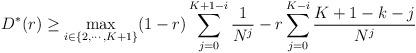
LaTeX: \begin{align*}D^*(r) \geq \max_{i \in \{2, \cdots, K+1\}} (1-r) \sum_{j=0}^{K+1-i} \frac{1}{N^j} - r \sum_{j=0}^{K-i} \frac{K+1-k-j}{N^j} \end{align*}